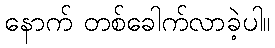
နောက် တစ်ခေါက်လာခဲ့ပါ။